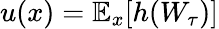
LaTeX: u(x)=\mathbb{E}_{x}[h(W_{\tau})]